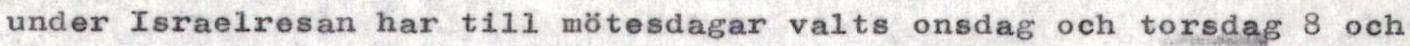
under Israelresan har till mötesdagar valts onsdag och torsdag 8 och